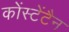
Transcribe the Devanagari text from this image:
कोंस्टेंटैन